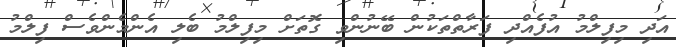
އަދި މިފިލްމު އުފެއްދި ފަރާތްތަކުން ބޭނުންވި ގޮތަށް މިފިލްމު ބެލި އެންމެންވެސް ފިލްމު